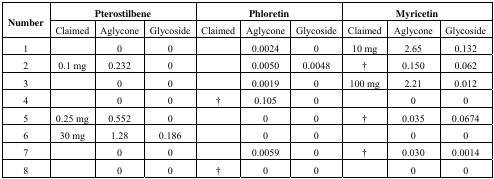
<table><thead><tr><td rowspan="2"><b>Number</b></td><td colspan="3"><b>Pterostilbene</b></td><td colspan="3"><b>Phloretin</b></td><td colspan="3"><b>Myricetin</b></td></tr><tr><td><b>Claimed</b></td><td><b>Aglycone</b></td><td><b>Glycoside</b></td><td><b>Claimed</b></td><td><b>Aglycone</b></td><td><b>Glycoside</b></td><td><b>Claimed</b></td><td><b>Aglycone</b></td><td><b>Glycoside</b></td></tr></thead><tbody><tr><td>1</td><td></td><td>0</td><td>0</td><td></td><td>0.0024</td><td>0</td><td>10 mg</td><td>2.65</td><td>0.132</td></tr><tr><td>2</td><td>0.1 mg</td><td>0.232</td><td>0</td><td></td><td>0.0050</td><td>0.0048</td><td>†</td><td>0.150</td><td>0.062</td></tr><tr><td>3</td><td></td><td>0</td><td>0</td><td></td><td>0.0019</td><td>0</td><td>100 mg</td><td>2.21</td><td>0.012</td></tr><tr><td>4</td><td></td><td>0</td><td>0</td><td>†</td><td>0.105</td><td>0</td><td></td><td>0</td><td>0</td></tr><tr><td>5</td><td>0.25 mg</td><td>0.552</td><td>0</td><td></td><td>0</td><td>0</td><td>†</td><td>0.035</td><td>0.0674</td></tr><tr><td>6</td><td>30 mg</td><td>1.28</td><td>0.186</td><td></td><td>0</td><td>0</td><td></td><td>0</td><td>0</td></tr><tr><td>7</td><td></td><td>0</td><td>0</td><td></td><td>0.0059</td><td>0</td><td>†</td><td>0.030</td><td>0.0014</td></tr><tr><td>8</td><td></td><td>0</td><td>0</td><td>†</td><td>0</td><td>0</td><td></td><td>0</td><td>0</td></tr></tbody></table>